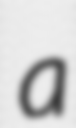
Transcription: a